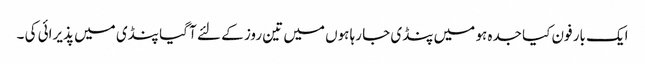
ایک بار فون کیا جدہ ہو میں پنڈی جا رہا ہوں میں تین روز کے لئے آ گیا پنڈی میں پذیرائی کی ۔